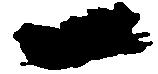
一